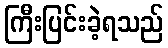
ကြီးပြင်းခဲ့ရသည်